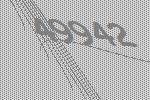
49942